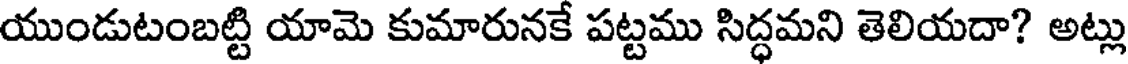
యుండుటంబట్టి యామె కుమారునకే పట్టము సిద్ధమని తెలియదా? అట్లు